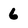
Character: 6